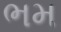
ભમ